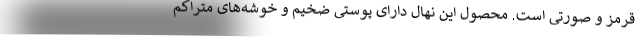
قرمز و صورتی است. محصول این نهال دارای پوستی ضخیم و خوشه‌های متراکم